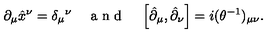
\partial _ { \mu } \hat { x } ^ { \nu } = \delta _ { \mu } { } ^ { \nu } \quad \textrm { a n d } \quad \left[ \hat { \partial } _ { \mu } , \hat { \partial } _ { \nu } \right] = i ( \theta ^ { - 1 } ) _ { \mu \nu } .